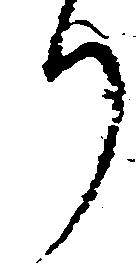
り